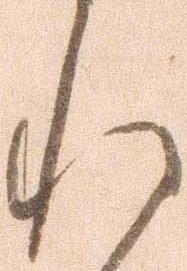
れ